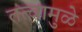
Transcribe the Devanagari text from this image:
तत्वामुळे